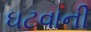
ઘટવાની